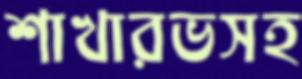
শাখারভসহ